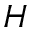
H